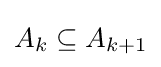
A_{k}\subseteq A_{k+1}